Report on vaccination in Madras 1922-1929 - 1922-1929
Year: 1922
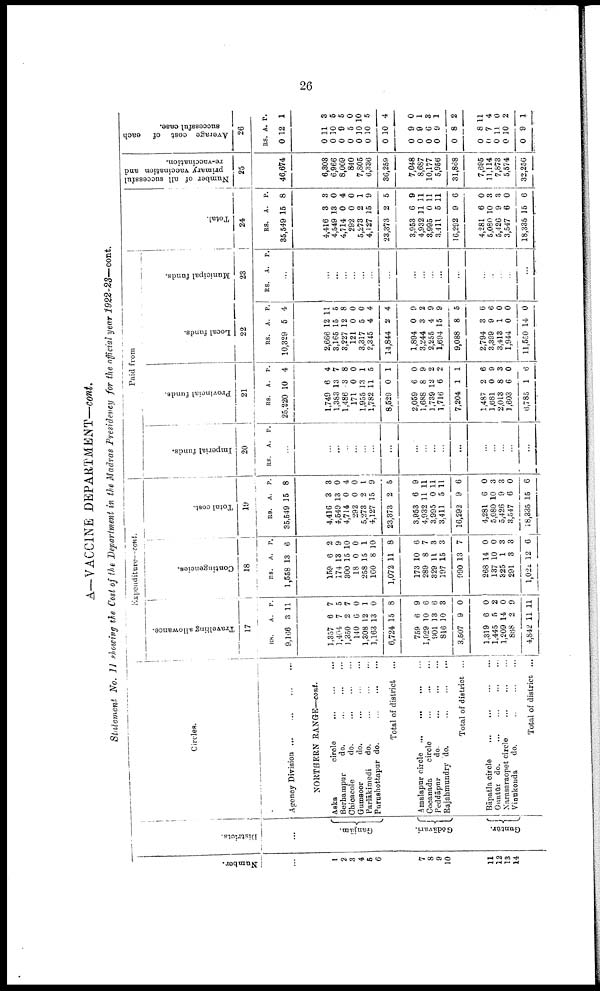
26
A—VACCINE DEPARTMENT—cont.
Statement No. 11 showing the Cost of the Department in the Madras Presidency for the official year 1922-23—cont.
Number.
...
1
2
3
4
5
6
7
8
9
10
11
12
13
14
Districts.
...
Granjām.
Gōdāvari.
Guntūr.
Circles.
Agency Division
...
...
...
...
NORTHERN RANGE—cont.
Aska
circle
...
...
...
Berhampur
do.
...
...
...
Chicacole
do.
...
...
...
Gumsoor
do.
...
...
...
Parlākimedi
do.
...
...
...
Purushottapur do.
...
...
...
Total of district ...
Amalapur circle ...
... ... ...
Cocanada
circle
...
...
...
Peddāpur
do.
...
...
...
Rajahmundry do.
...
...
...
Total of district ...
Bāpatla circle ... ... ... ...
Guntūr do. ... ... ... ...
Narasaraopet circle
...
...
...
Vinukonda
do.
...
...
...
Total of district ...
Expenditure—cont.
Travelling allowance.
17
RS.
9,166
1,357
1,404
1,350
140
1,308
1,163
6,724
759
1,029
901
816
3,507
1,319
1,445
1,209
838
4,842
A.
8
6
7
2
6
12
13
15
6
10
13
10
9
6
5
14
2
11
P.
11
7
5
7
0
1
0
8
9
6
6
3
0
0
2
0
9
11
Contingencies.
18
RS.
1,558
159
174
300
18
258
160
1,072
173
289
329
197
990
268
137
325
291
1,022
A.
13
6
13
15
0
15
8
11
10
8
11
15
13
14
10
1
3
12
P.
6
2
9
10
0
1
10
8
6
7
3
3
7
0
0
3
3
6
Total cost.
19
RS.
35,549
4,416
4,549
4,714
292
5,273
4,127
23,373
3,953
4,932
3,995
3,411
16,292
4,281
5,080
5,426
3,547
18,335
A.
15
3
13
0
0
2
15
2
6
11
0
5
9
6
10
9
6
15
P.
8
3
0
4
0
1
9
5
9
11
11
11
6
0
3
3
0
6
Paid from
Imperial funds.
20
RS. A. P.
...
...
...
...
...
...
...
...
...
...
...
...
...
...
...
...
...
...
Provincial funds.
21
RS.
25,220
1,749
1,383
1,486
171
1,955
1,782
8,529
2,059
1,688
1,739
1,716
7,204
1,487
1,681
2,013
1,603
6,785
A.
10
6
13
3
0
13
11
0
6
8
12
6
1
2
0
8
6
1
P.
4
4
7
8
0
1
5
1
0
9
2
2
1
6
9
3
0
6
Local funds.
22
RS.
10,329
2,666
3,165
3,227
121
3,317
2,345
14,844
1,894
3,244
2,255
1,694
9,088
2,794
3,399
3,413
1,944
11,550
A.
5
12
15
12
0
5
4
2
0
3
4
15
8
3
9
1
0
14
P.
4
11
5
8
0
0
4
4
9
2
9
9
5
6
6
0
0
0
Municipal funds.
23
RS. A.
P.
...
...
...
...
...
...
...
...
...
...
...
...
...
...
...
...
...
...
Total.
24
RS.
35,549
4,416
4,549
4,714
292
5,273
4,127
23,373
3,953
4,932
3,995
3,411
16,292
4,281
5,080
5,426
3,547
18,335
A.
15
3
13
0
0
2
15
2
6
11
0
5
9
6
10
9
6
15
P.
8
3
0
4
0
1
9
5
9
11
11
11
6
0
3
3
0
6
Number of all successful
primary vaccination and
re-vaccination.
25
46,674
6,303
6,966
8,009
840
7,805
6,336
36,259
7,048
8,687
10,177
5,956
31,868
7,695
11,114
7,873
5,574
32,256
Average cost of each
successful case.
26
RS.
0
0
0
0
0
0
0
0
0
0
0
0
0
0
0
0
0
0
A.
12
11
10
9
5
10
10
10
9
9
6
9
8
8
7
10
10
9
P.
1
3
5
5
0
10
5
4
0
1
3 1
2
11
4
0
2
1